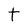
Character: t